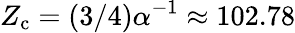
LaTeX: Z_{\mathrm{c}}=(3/4)\alpha^{-1}\approx 102.78